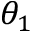
\theta _ { 1 }